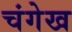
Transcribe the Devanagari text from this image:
चंगेख